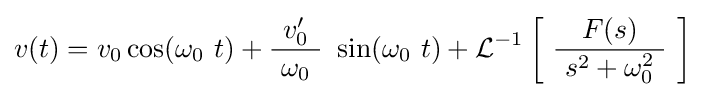
v(t)=v_{0}\cos(\omega _{0}\ t)+{\frac {v'_{0}}{\ \omega _{0}\ }}\ \sin(\omega _{0}\ t)+\operatorname {\mathcal {L}} ^{-1}\left[\ {\frac {F(s)}{\ s^{2}+\omega _{0}^{2}\ }}\ \right]